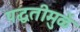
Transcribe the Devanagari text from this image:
पद्धतीमुळें